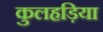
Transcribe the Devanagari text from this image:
कुलहड़िया